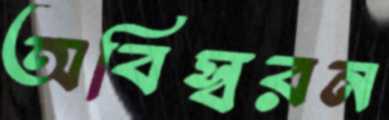
অবিস্বরন